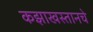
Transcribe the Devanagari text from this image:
कझाखस्तानचे